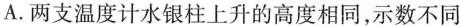
A.两支温度计水银柱上升的高度相同，示数不同